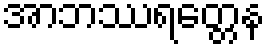
အာဘဿရတ္တေန